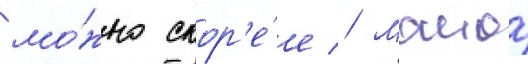
мо́жно скор'е́е // Маиор